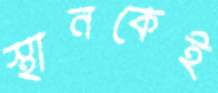
স্থানকেই